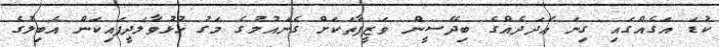
ކުޑަ އަގެއްގައި ގިނަ ޢަދަދެއްގެ ބިދޭސީން ވަޒީފާތަކަށް ގެނައުމުގެ މަގު ހުޅުވާލަދީފައިކަން އެބިލުގެ